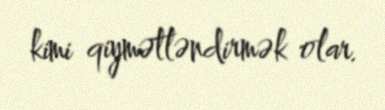
kimi qiymətləndirmək olar.